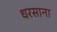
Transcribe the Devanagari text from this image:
धरसाना